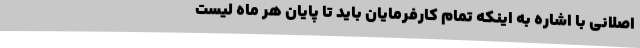
اصلانی با اشاره به اینکه تمام کارفرمایان باید تا پایان هر ماه لیست